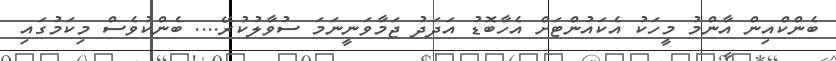
ބެންކްއިން އާންމު މީހަކު އެކައުންޓަށް އެހާބޮޑު އަދަދު ޖަމާވަނީނަމަ ސުވާލުކުރޭ.... ބެންކުވެސް މިކަމުގައި